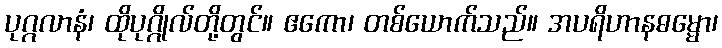
ပုဂ္ဂလာနံ၊ ထိုပုဂ္ဂိုလ်တို့တွင်။ ဧကော၊ တစ်ယောက်သည်။ အပရိဟာနဓမ္မော၊